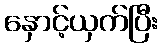
နှောင့်ယှက်ပြီး